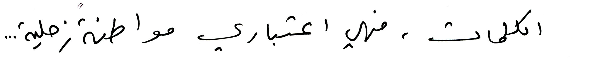
الكلمات، فهي اعتباري مواطنةً زحلية...